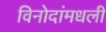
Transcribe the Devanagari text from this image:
विनोदांमधली